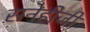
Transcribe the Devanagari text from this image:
सनेहीजी